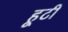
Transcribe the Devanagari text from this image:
हूटी